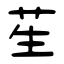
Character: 苼